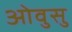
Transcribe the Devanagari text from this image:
ओवुसु